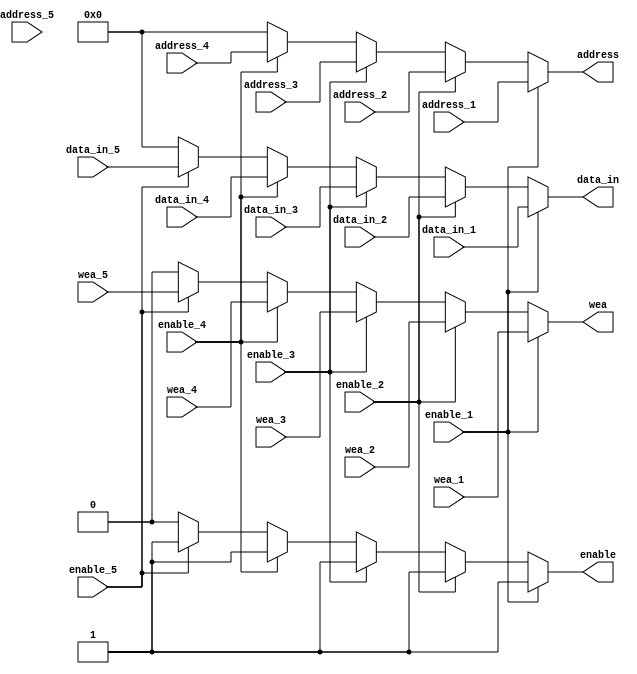
`timescale 1ns / 1ps
//////////////////////////////////////////////////////////////////////////////////
// Company: 
// Engineer: 
// 
// Design Name: 
// Module Name: MAX_act
// Project Name: 
// Target Devices: 
// Tool Versions: 
// Description: 
// 
// Dependencies: 
// 
// Revision:
// Revision 0.01 - File Created
// Additional Comments:
// 
//////////////////////////////////////////////////////////////////////////////////


module MAX_act(
	input 					enable_1,
	input 					wea_1,
	input 			[15:0]	data_in_1,
	input 			[15:0]	address_1,
	input 					enable_2,
	input 					wea_2,
	input 			[15:0]	data_in_2,
	input 			[15:0]	address_2,
	input 					enable_3,
	input 					wea_3,
	input 			[15:0]	data_in_3,
	input 			[15:0]	address_3,
	input 					enable_4,
	input 					wea_4,
	input 			[15:0]	data_in_4,
	input 			[15:0]	address_4,
	input 					enable_5,
	input 					wea_5,
	input 			[15:0]	data_in_5,
	input 			[15:0]	address_5,

	output 	wire			enable,
	output 	wire 			wea,
	output 	wire 	[15:0]	data_in,
	output 	wire 	[15:0]	address
    );

assign enable 	= (enable_1 == 1'b1)?enable_1	:(enable_2 == 1'b1)?enable_2	:(enable_3 == 1'b1)?enable_3	:(enable_4 == 1'b1)?enable_4 	:(enable_5 == 1'b1)?enable_5	:1'b0;
assign wea 		= (enable_1 == 1'b1)?wea_1		:(enable_2 == 1'b1)?wea_2		:(enable_3 == 1'b1)?wea_3		:(enable_4 == 1'b1)?wea_4		:(enable_5 == 1'b1)?wea_5	 	:1'b0;
assign data_in 	= (enable_1 == 1'b1)?data_in_1	:(enable_2 == 1'b1)?data_in_2	:(enable_3 == 1'b1)?data_in_3	:(enable_4 == 1'b1)?data_in_4	:(enable_5 == 1'b1)?data_in_5	:16'h0000;
assign address 	= (enable_1 == 1'b1)?address_1	:(enable_2 == 1'b1)?address_2	:(enable_3 == 1'b1)?address_3	:(enable_4 == 1'b1)?address_4	:(enable_4 == 1'b1)?address_5	:16'h0000;
endmodule